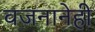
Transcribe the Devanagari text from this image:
वजनानेही